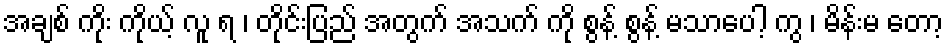
အချစ် ကိုး ကိုယ့် လူ ရ ၊ တိုင်းပြည် အတွက် အသက် ကို စွန့် စွန့် မသာပေါ့ ကွ ၊ မိန်းမ တော့